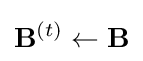
\mathbf {B} ^{(t)}\leftarrow \mathbf {B}